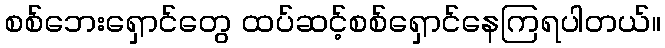
စစ်ဘေးရှောင်တွေ ထပ်ဆင့်စစ်ရှောင်နေကြရပါတယ်။